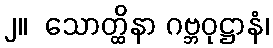
၂။  သောတ္ထိနာ ဂဗ္ဘဝုဋ္ဌာနံ၊